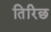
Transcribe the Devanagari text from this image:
तिरिछ